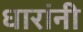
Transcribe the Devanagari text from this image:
धारांनी